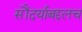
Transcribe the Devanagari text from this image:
सौंदर्याबद्दलच